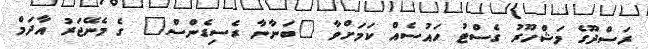
ރަސްދޫގެ މަޝްހޫރު ގެސްޓު ހައުސެއް ކަމަށްވާ "ބަނާނާ ރެސިޑެންސް" ގެ މެނޭޖަރު އާދަމް